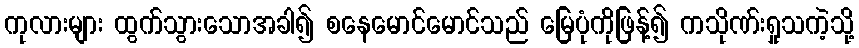
ကုလားများ ထွက်သွားသောအခါ၍ စနေမောင်မောင်သည် မြေပုံကိုဖြန့်၍ ကသိုဏ်းရှုသကဲ့သို့